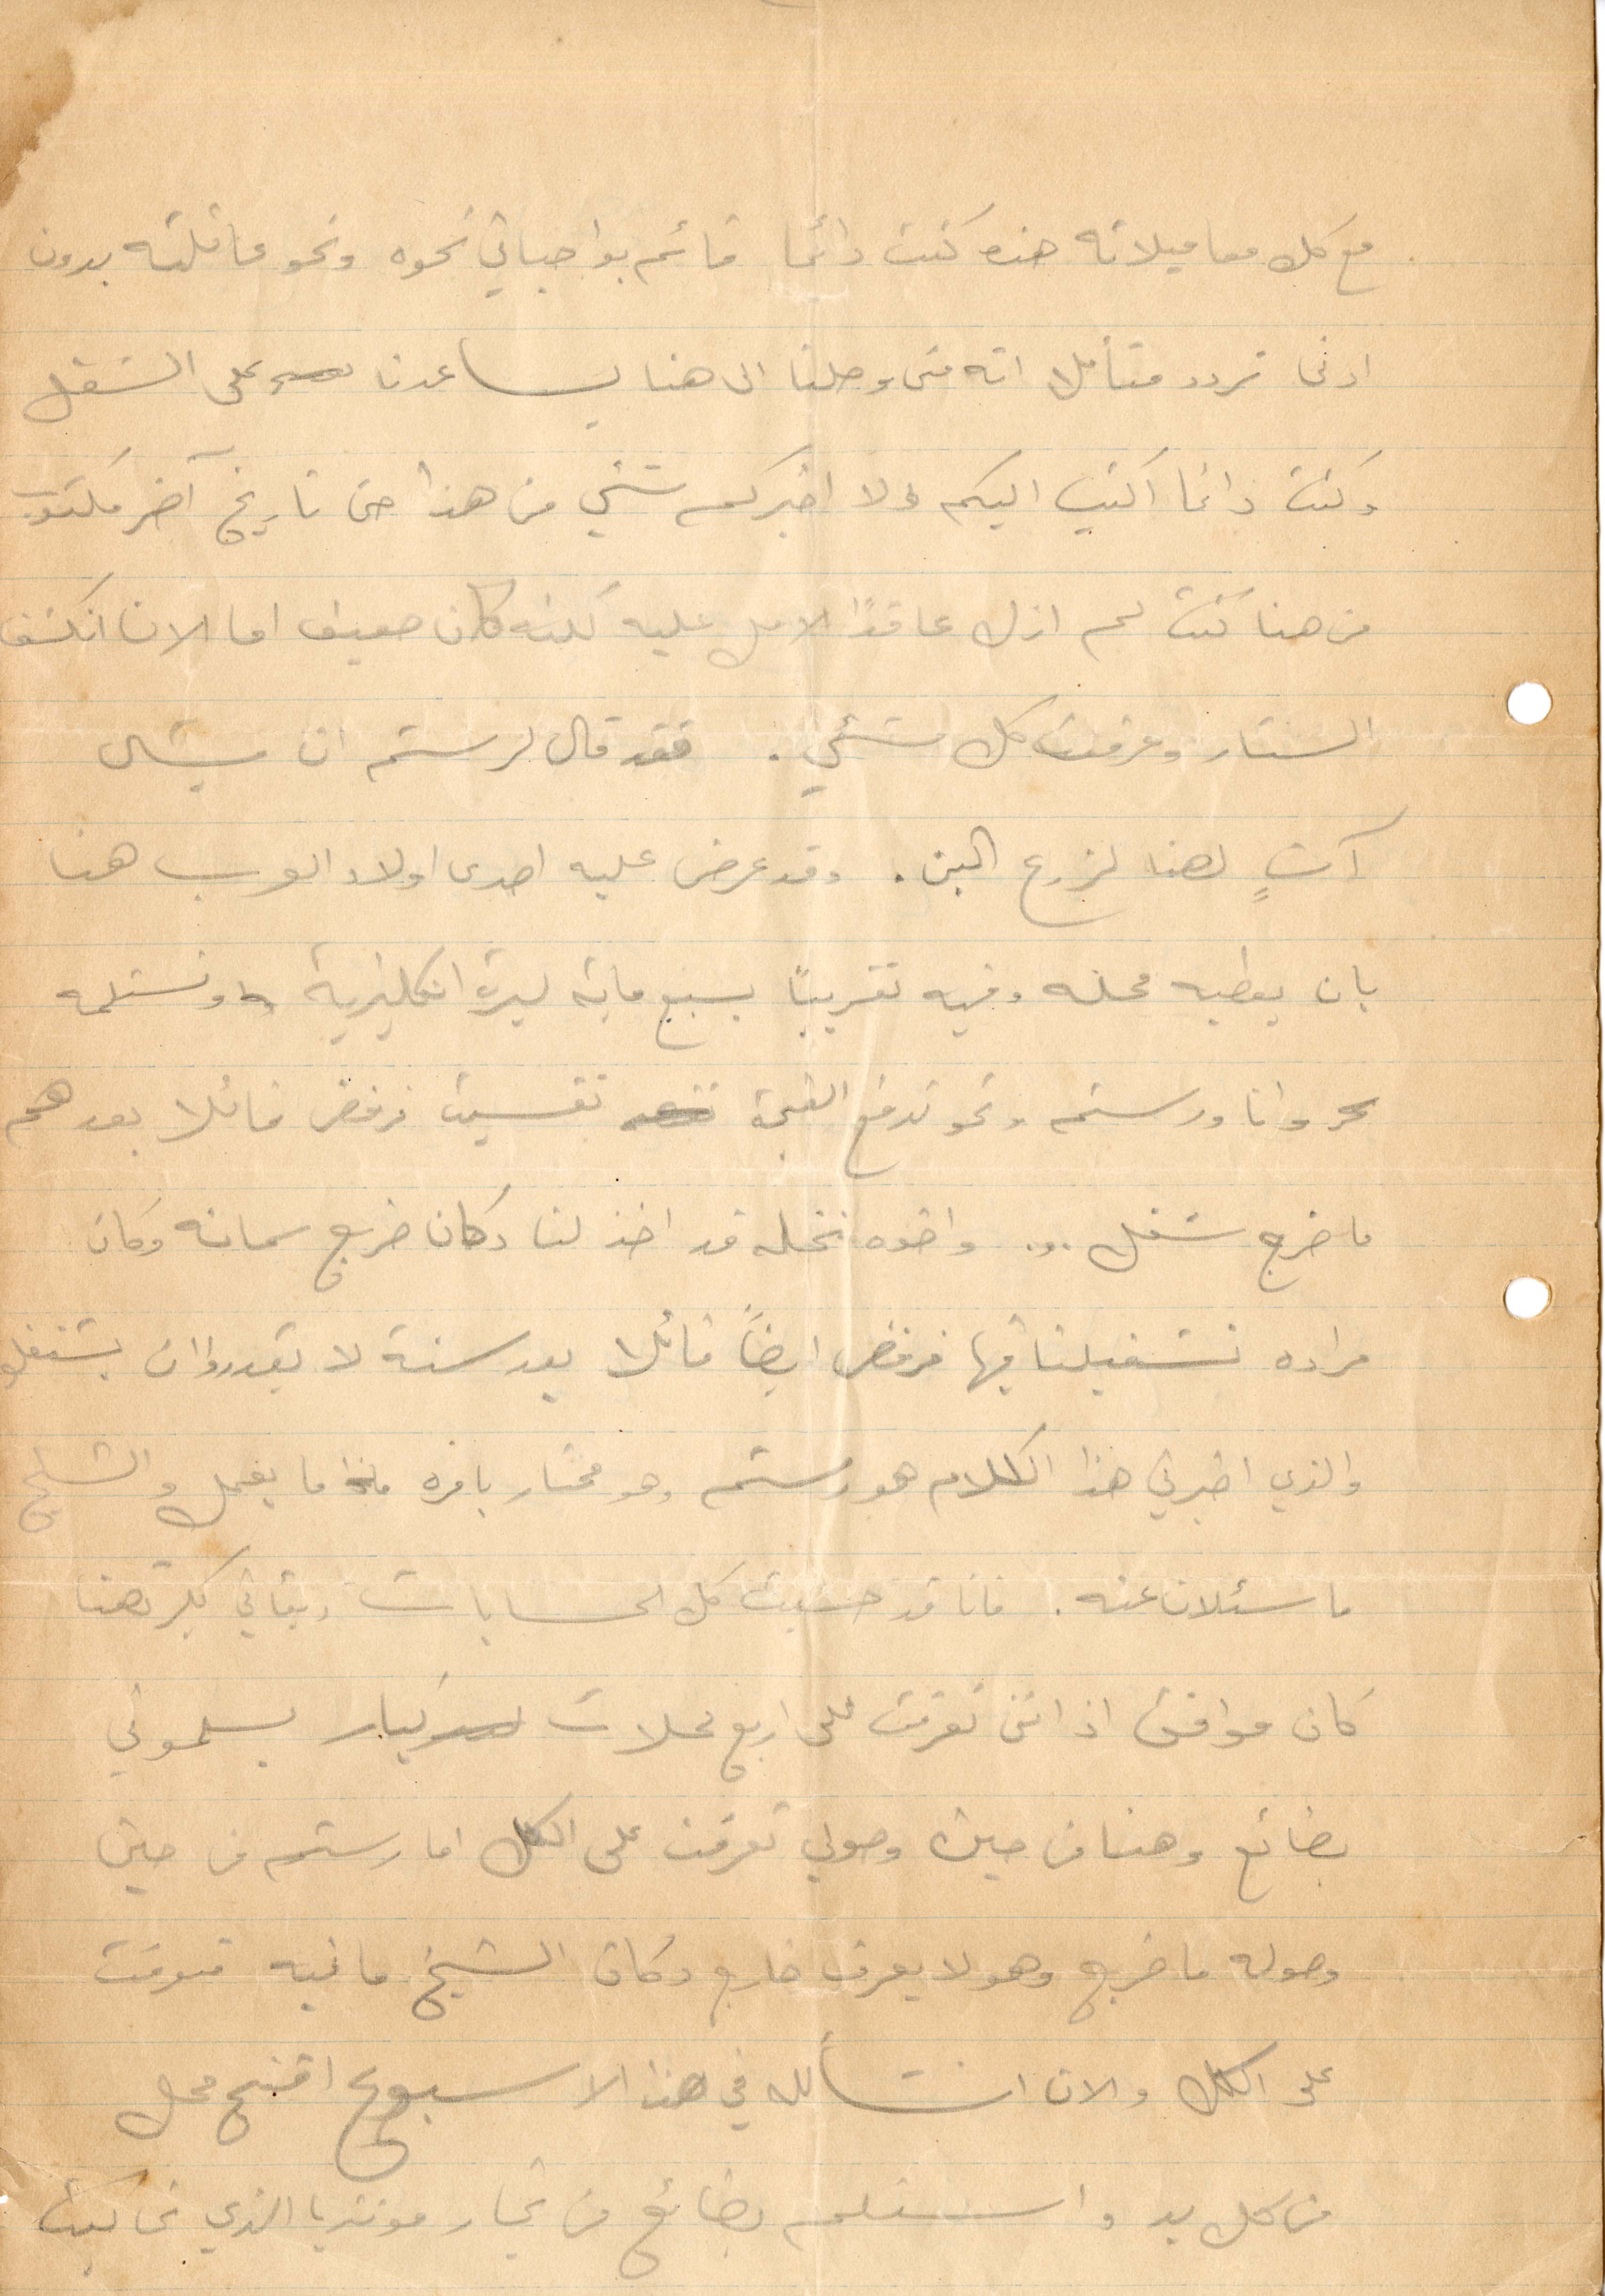
مع كل معاميلاته هذه كنت دائمًا قائم بواجباتي نحو عائلته بدون
ادنى تردد فتأمل انه متى وصلنا الى هنا ساعدنا على الشغل
وكنت دائمًا اكتب اليكم ولا اخبركم شيء من هذا حتى تاريخ آخر مكتوب.
من هنا كنت لم ازل عاقدًا الأمل عليه. لكنه كان ضعيف اما الان انكشف
الستار وعرفت كل شيء. فقد قال لرستم ان ميشال
آت هنا لزرع البن. وقد عرض عليه احدى أولاد العرب كان
بان يعطيه محله وفيه تقريبًا بسبع مائة ليرة إنكليزية ونستلمه
وانا ورستم ونحو تدفع القيمة تقسيم فرفض قائلًا بعد هم
ما خرج شغل... واخوه نخله قد اخذ لنا وكان ضرب شمانه وكان
مراده نشفيلنا فيها فرقض ايضًا قائلًأ بعد سنة لا يقدروا ان يشتغلو
والذي اخبرني هذا الكلام هو رستم وهو محتار بامره ما يفعل والشيخ
ما سئلان عنه. فأنا قد حسبت كل الحسابات رتاتي بكرتهنا
كان موافق اذ انني تعرفت على اربع محلات كبار يسلموني
بضائع وهنا من حين وصولي تعرفت على الكل اما رستم من حين
وضوله ما خرج وهو لا عرف خارج دكان الشيخ ما فيه توقت
على الكل والان انشالله في هذا الأسبوع افتح محل
من كل بد واستلم بضائع من تجار مونتريا الذي غالية